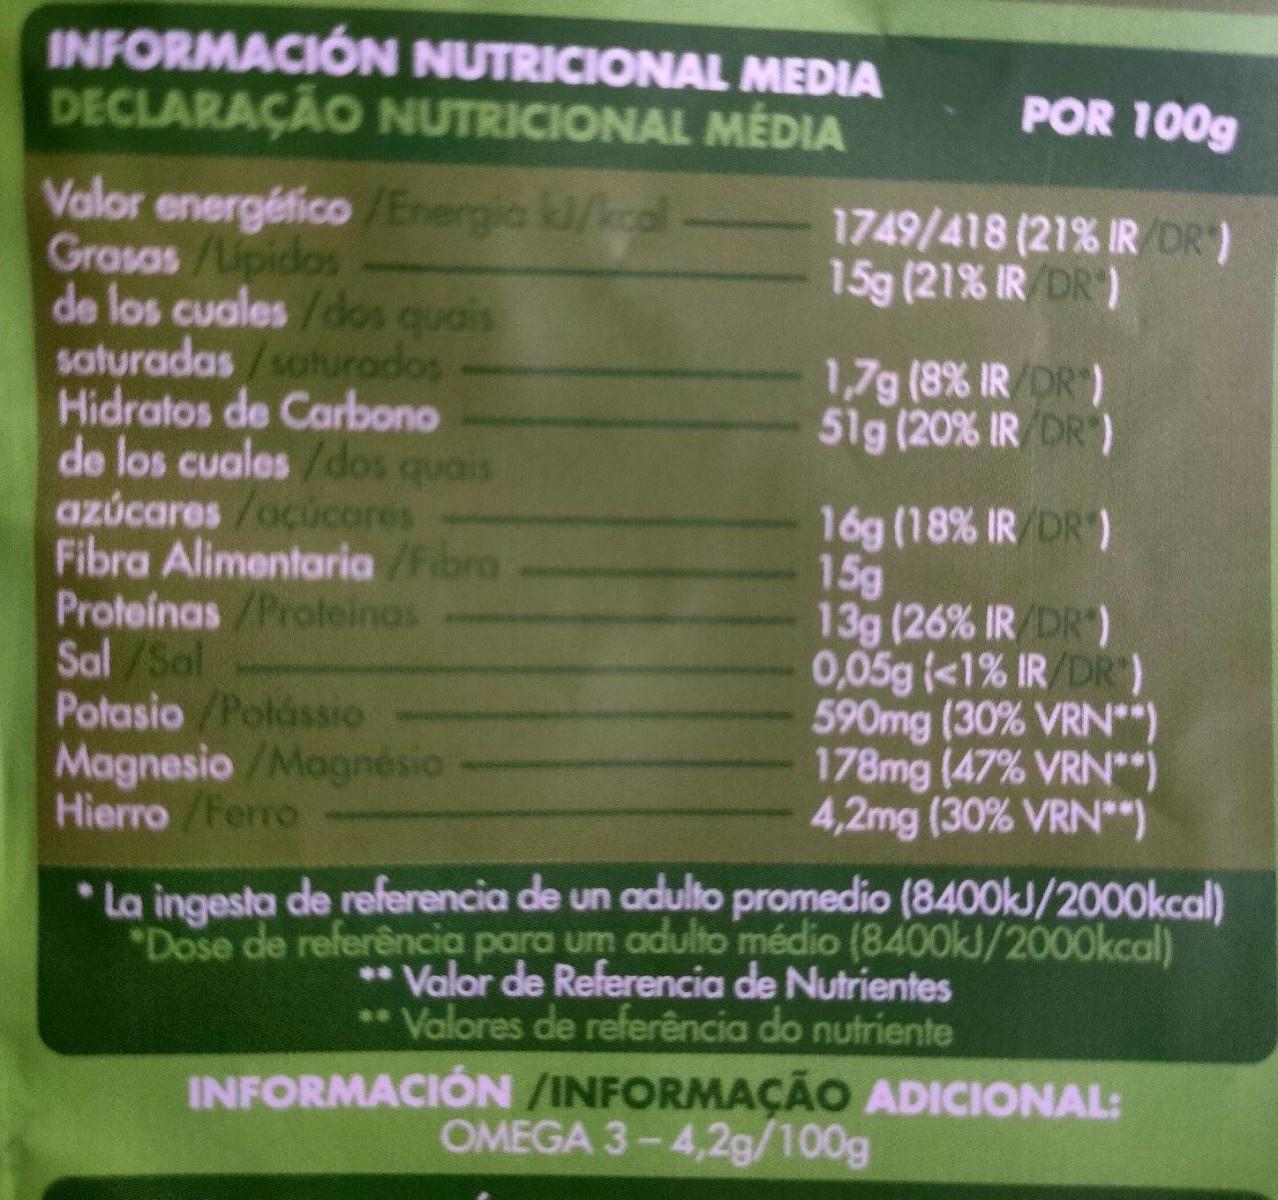
INFORMACIÓN NUTRICIONAL MEDIA DECLARAÇÃO NUTRICIONAL MÉDIA
POR 100g
Valor energéfico /Energia kl/kcal Grasas/Lipidas de los cuales/dos quais saturadas/saturados Hidratos de Carbono de los cuales/dos quais azúcares /ocucares Fibra Alimentaria /Fibro Proteínas/Proteinos Sal /Sal Potasio/Polássio Magnesio /Magnésio Hierro/ Ferrc
1749/418 (21% IR DR) 15g (21% IR/DR)
1,7g (8% IRDR) 51g (20% IR DR
16g (18% IR DR) 15g 13g (26% IR/DR) 0,05g (<1% IR/DR) 590mg (30% VRN**) 178mg (47% VRN*) 4,2mg (30% VRN*")
* La ingesta de referencia de un adulto promedio (8400k/2000kcal) "Dose de referência para um adulto médio (8400kJ/2000kcal) ** Valor de Referencia de Nutrientes ** Valores de referência do nutriente
INFORMACIÓN /INFORMAÇÃO ADICIONAL: OMEGA 3-4,2g/100g